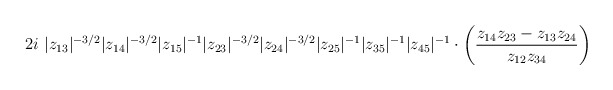
\begin{align*}2i\ |z_{13}|^{-3/2} |z_{14}|^{-3/2} |z_{15}|^{-1} |z_{23}|^{-3/2}|z_{24}|^{-3/2} |z_{25}|^{-1} |z_{35}|^{-1} |z_{45}|^{-1}\cdot\biggl(\frac{z_{14}z_{23} - z_{13}z_{24}}{z_{12}z_{34}} \biggr)\end{align*}